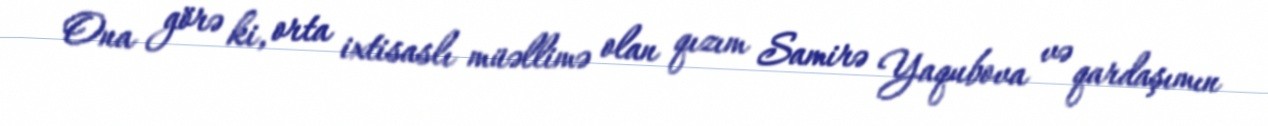
Ona görə ki, orta ixtisaslı müəllimə olan qızım Samirə Yaqubova və qardaşımın